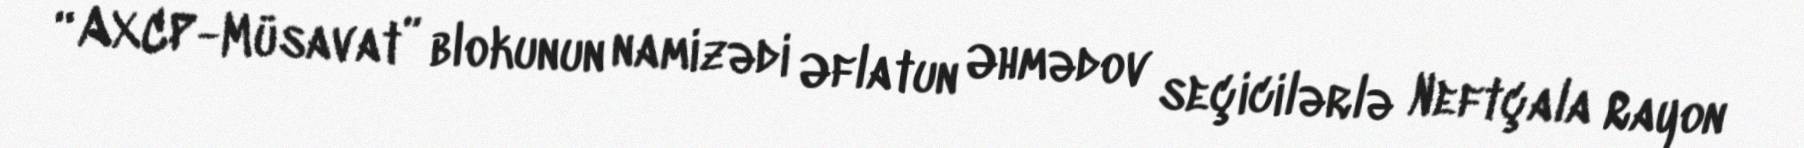
“AXCP-Müsavat” blokunun namizədi Əflatun Əhmədov seçicilərlə Neftçala Rayon